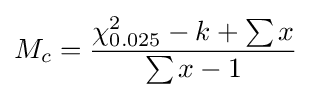
M_{c}={\frac {\chi _{0.025}^{2}-k+\sum x}{\sum x-1}}